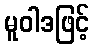
မူဝါဒဖြင့်